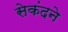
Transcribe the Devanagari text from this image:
सेकंदने